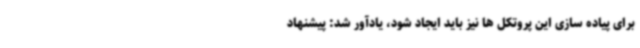
برای پیاده سازی این پروتکل ها نیز باید ایجاد شود، یادآور شد: پیشنهاد